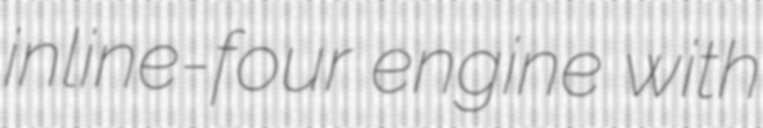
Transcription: inline-four engine with